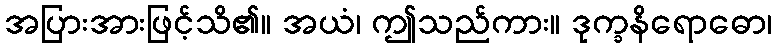
အပြားအားဖြင့်သိ၏။ အယံ၊ ဤသည်ကား။ ဒုက္ခနိရောဓော၊